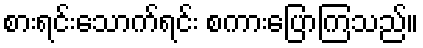
စားရင်းသောက်ရင်း စကားပြောကြသည်။